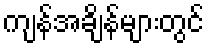
ကျန်အချိန်များတွင်